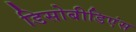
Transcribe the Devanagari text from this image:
डिसोबीडिएंस